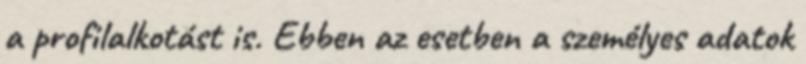
a profilalkotást is. Ebben az esetben a személyes adatok